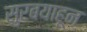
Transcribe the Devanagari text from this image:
सुरबयाहून